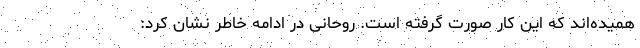
همیده‌اند که این کار صورت گرفته است. روحانی در ادامه خاطر نشان کرد: